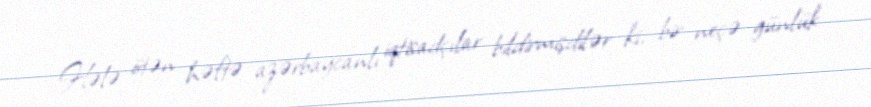
Hələ ötən həftə azərbaycanlı iqtisadçılar bildirmişdilər ki, bir neçə günlük